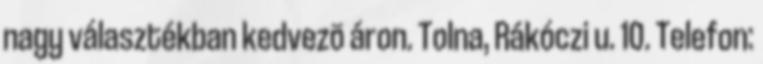
nagy választékban kedvezõ áron. Tolna, Rákóczi u. 10. Telefon: